Indian journal of veterinary science and animal husbandry - Volumes 28-29, 1958-1959
Year: 1958
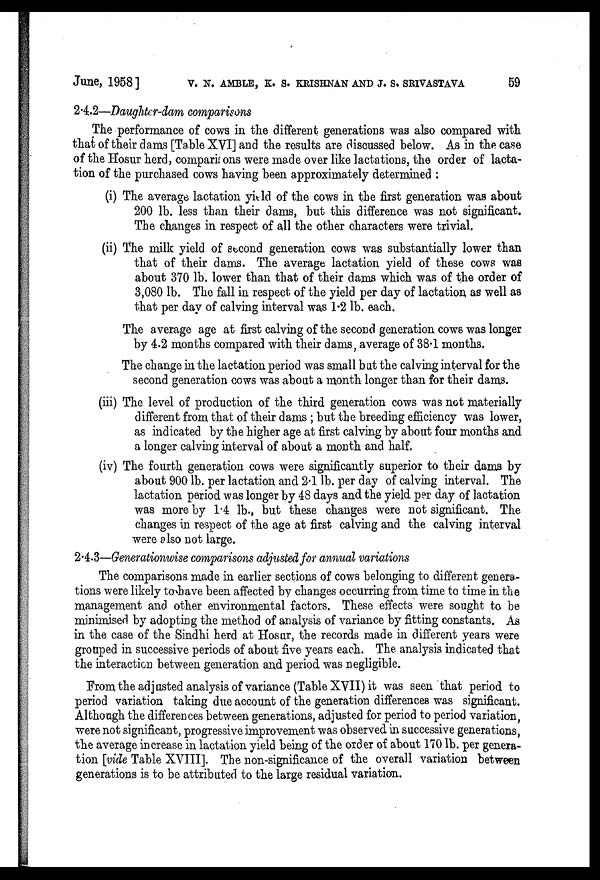
June, 1958 ] V. N. AMBLE, K. S. KRISHNAN AND J. S. SRIVASTAVA 59
2.4.2—Daughter-dam comparisons
The performance of cows in the different generations was also compared with
that of their dams [Table XVI] and the results are discussed below. As in the case
of the Hosur herd, comparisons were made over like lactations, the order of lacta-
tion of the purchased cows having been approximately determined :
(i) The average lactation yield of the cows in the first generation was about
200 lb. less than their dams, but this difference was not significant.
The changes in respect of all the other characters were trivial.
(ii) The milk yield of second generation cows was substantially lower than
that of their dams. The average lactation yield of these cows was
about 370 lb. lower than that of their dams which was of the order of
3,080 lb. The fall in respect of the yield per day of lactation as well as
that per day of calving interval was 1.2 lb. each.
The average age at first calving of the second generation cows was longer
by 4.2 months compared with their dams, average of 38.1 months.
The change in the lactation period was small but the calving interval for the
second generation cows was about a month longer than for their dams.
(iii) The level of production of the third generation cows was not materially
different from that of their dams ; but the breeding efficiency was lower,
as indicated by the higher age at first calving by about four months and
a longer calving interval of about a month and half.
(iv) The fourth generation cows were significantly superior to their dams by
about 900 lb. per lactation and 2.1 lb. per day of calving interval. The
lactation period was longer by 48 days and the yield per day of lactation
was more by 1.4 lb. but these changes were not significant. The
changes in respect of the age at first calving and the calving interval
were also not large.
2.4.3—Generationwise comparisons adjusted for annual variations
The comparisons made in earlier sections of cows belonging to different genera-
tions were likely to have been affected by changes occurring from time to time in the
management and other environmental factors. These effects were sought to be
minimised by adopting the method of analysis of variance by fitting constants. As
in the case of the Sindhi herd at Hosur, the records made in different years were
grouped in successive periods of about five years each. The analysis indicated that
the interaction between generation and period was negligible.
From the adjusted analysis of variance (Table XVII) it was seen that period to
period variation taking due account of the generation differences was significant.
Although the differences between generations, adjusted for period to period variation,
were not significant, progressive improvement was observed in successive generations,
the average increase in lactation yield being of the order of about 170 lb. per genera-
tion [vide Table XVIII]. The non-significance of the overall variation between
generations is to be attributed to the large residual variation.